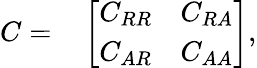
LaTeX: \begin{array}{rl}{C=}&{{}\left[\begin{array}{ll}{C_{RR}}&{C_{RA}}\\ {C_{AR}}&{C_{AA}}\end{array}\right],}\end{array}